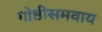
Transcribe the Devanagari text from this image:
गोष्ठीसमवाय